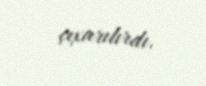
çıxarılırdı.